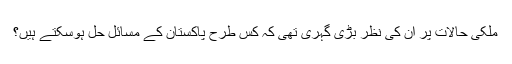
ملکی حالات پر ان کی نظر بڑی گہری تھی کہ کس طرح پاکستان کے مسائل حل ہوسکتے ہیں؟